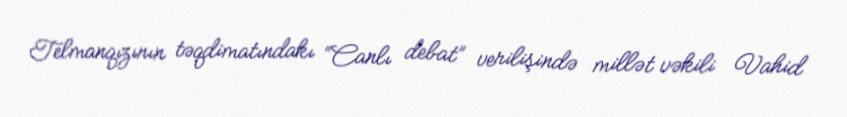
Telmanqızının təqdimatındakı “Canlı debat” verilişində millət vəkili Vahid